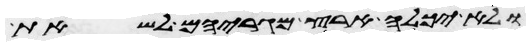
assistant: ולא יכלה ארץ מגריהם לשאת